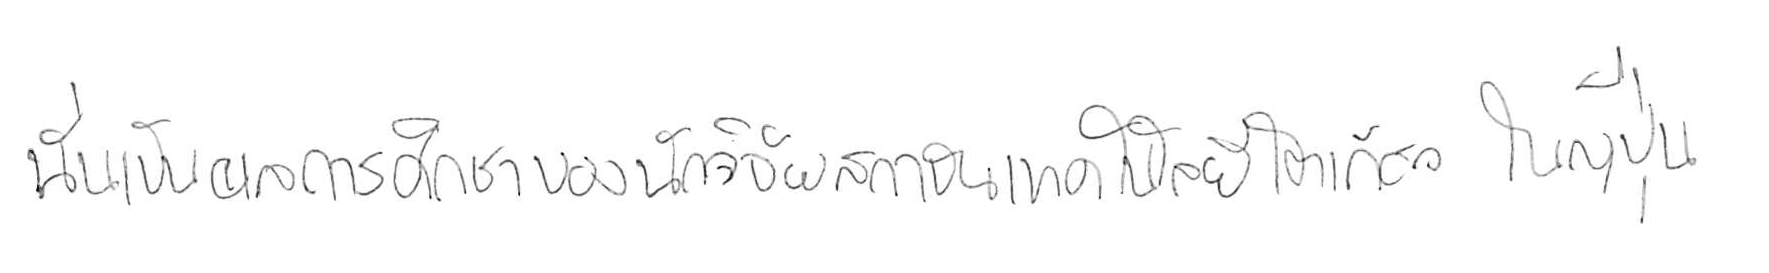
นั่นเป็นผลการศึกษาของนักวิจัยสถาบันเทคโนโลยีโตเกียว ในญี่ปุ่น